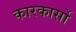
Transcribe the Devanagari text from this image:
कारकार्सो